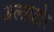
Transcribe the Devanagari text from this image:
अल्ताडोर